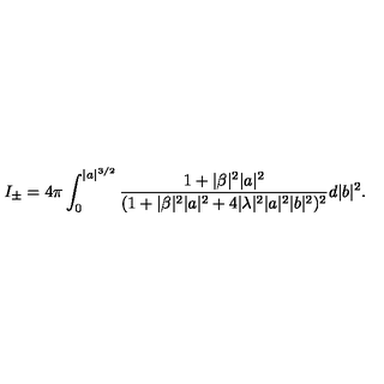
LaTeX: I _ { \pm } = 4 \pi \int _ { 0 } ^ { \vert a \vert ^ { 3 / 2 } } \frac { 1 + \vert \beta \vert ^ { 2 } \vert a \vert ^ { 2 } } { ( 1 + \vert \beta \vert ^ { 2 } \vert a \vert ^ { 2 } + 4 \vert \lambda \vert ^ { 2 } \vert a \vert ^ { 2 } \vert b \vert ^ { 2 } ) ^ { 2 } } d \vert b \vert ^ { 2 } .